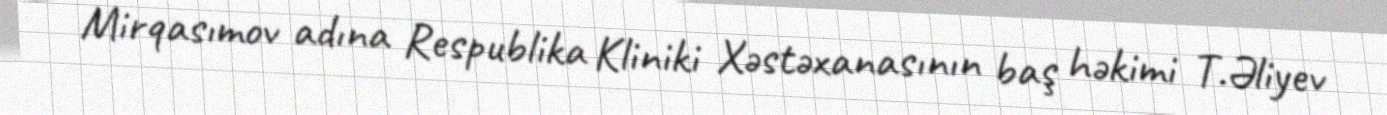
Mirqasımov adına Respublika Kliniki Xəstəxanasının baş həkimi T.Əliyev